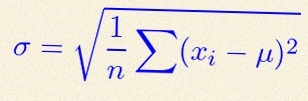
\sigma=\sqrt{\frac1n\sum(x_i-\mu)^2}